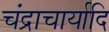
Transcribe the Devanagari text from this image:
चंद्राचार्यादि